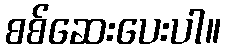
စစ်ဆေးပေးပါ။